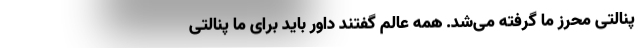
پنالتی محرز ما گرفته می‌شد. همه عالم گفتند داور باید برای ما پنالتی